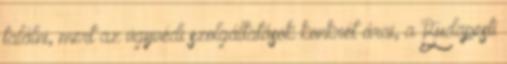
találni, mert az ügyvédi szolgáltatások konkrét árai, a Budapesti